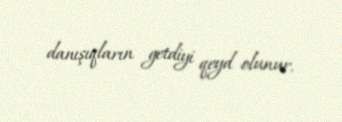
danışıqların getdiyi qeyd olunur.